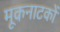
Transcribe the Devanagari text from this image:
मूकनाटकों